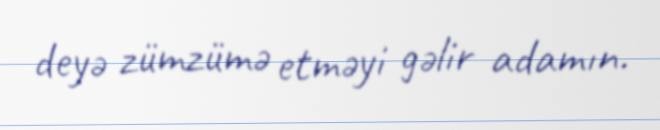
deyə zümzümə etməyi gəlir adamın.